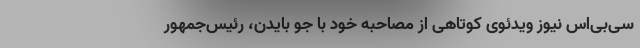
سی‌بی‌اس نیوز ویدئوی کوتاهی از مصاحبه خود با جو بایدن، رئیس‌جمهور